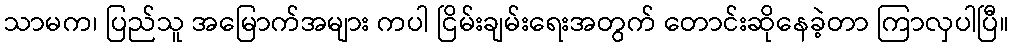
သာမက၊ ပြည်သူ အမြောက်အများ ကပါ ငြိမ်းချမ်းရေးအတွက် တောင်းဆိုနေခဲ့တာ ကြာလှပါပြီ။